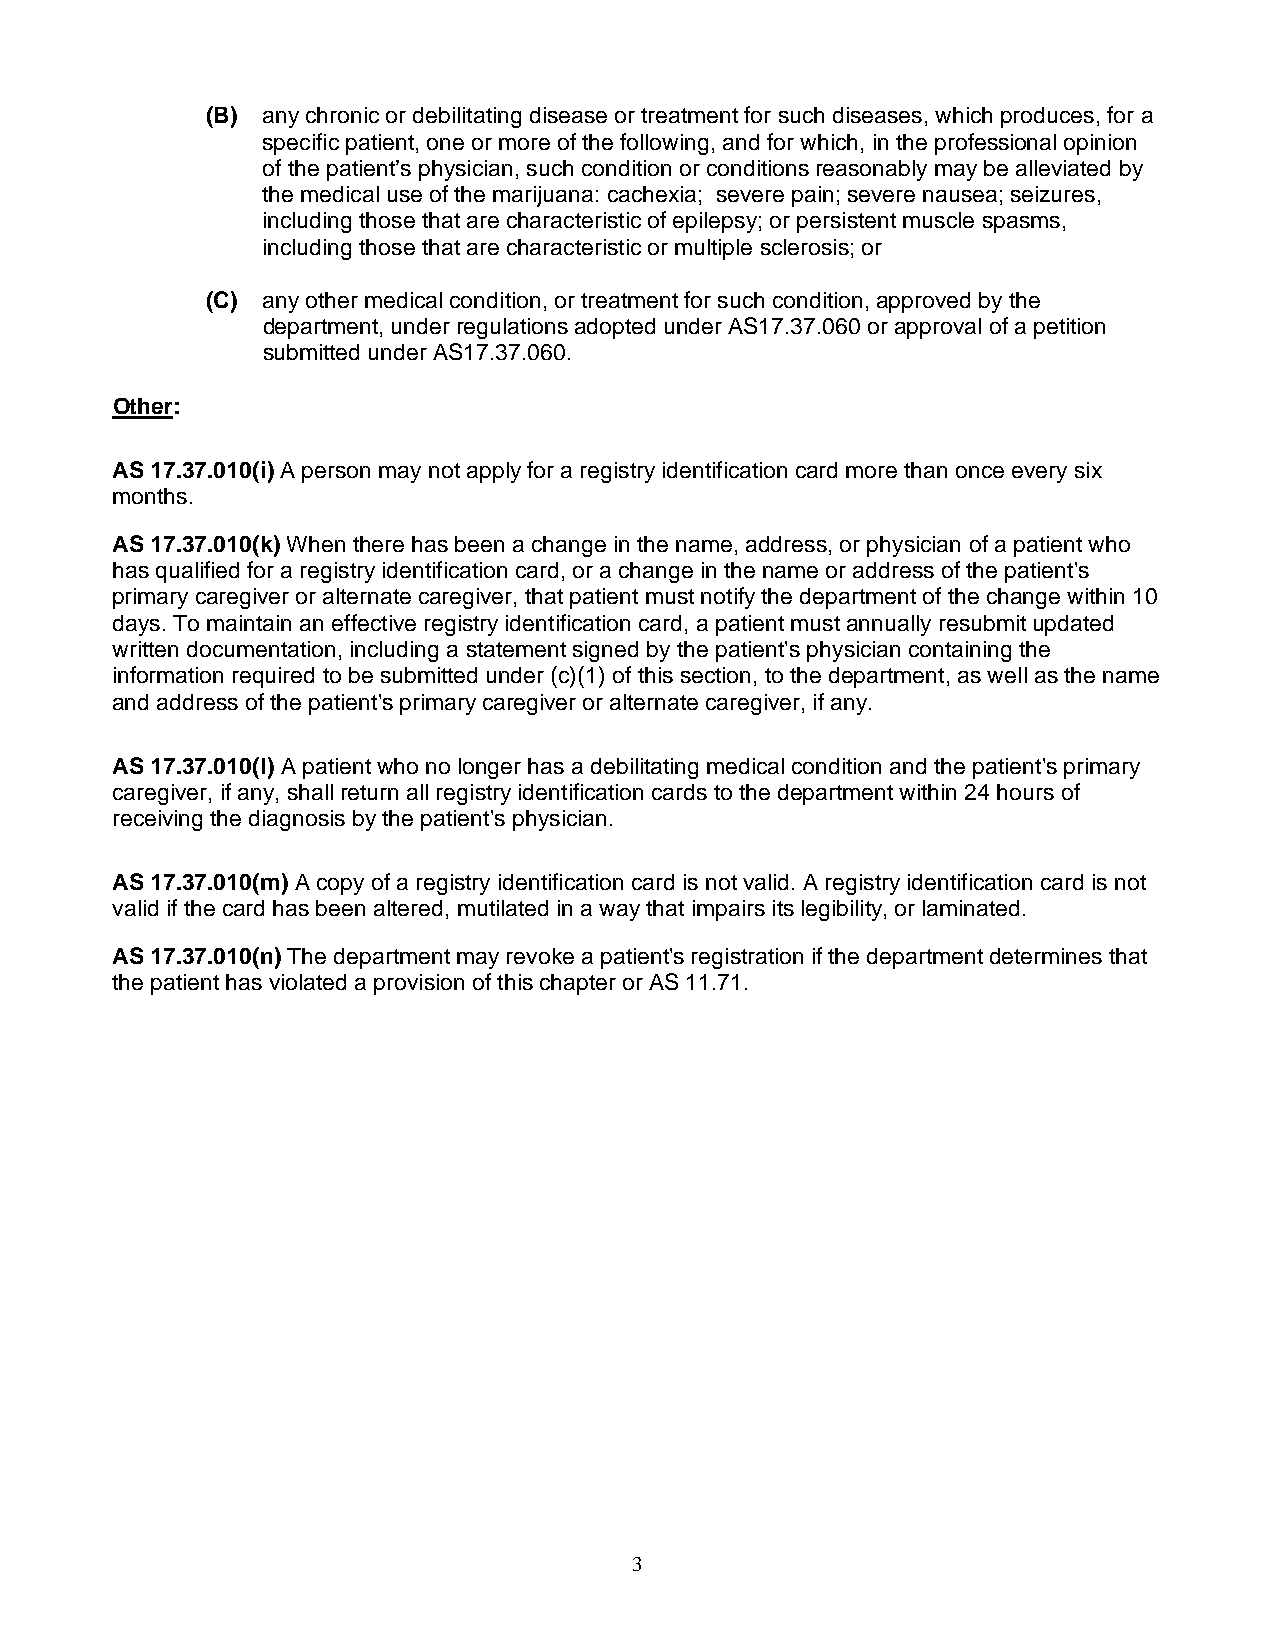
(B) any chronic or debilitating disease or treatment for such diseases, which produces, for a
 specific patient, one or more of the following, and for which, in the professional opinion
 of the patient’s physician, such condition or conditions reasonably may be alleviated by
 the medical use of the marijuana: cachexia; severe pain; severe nausea; seizures,
 including those that are characteristic of epilepsy; or persistent muscle spasms,
 including those that are characteristic or multiple sclerosis; or
 (C) any other medical condition, or treatment for such condition, approved by the
 department, under regulations adopted under AS17.37.060 or approval of a petition
 submitted under AS17.37.060.
 Other:
 AS 17.37.010(i) A person may not apply for a registry identification card more than once every six
 months.
 AS 17.37.010(k) When there has been a change in the name, address, or physician of a patient who
 has qualified for a registry identification card, or a change in the name or address of the patient's
 primary caregiver or alternate caregiver, that patient must notify the department of the change within 10
 days. To maintain an effective registry identification card, a patient must annually resubmit updated
 written documentation, including a statement signed by the patient's physician containing the
 information required to be submitted under (c)(1) of this section, to the department, as well as the name
 and address of the patient's primary caregiver or alternate caregiver, if any.
 AS 17.37.010(l) A patient who no longer has a debilitating medical condition and the patient's primary
 caregiver, if any, shall return all registry identification cards to the department within 24 hours of
 receiving the diagnosis by the patient's physician.
 AS 17.37.010(m) A copy of a registry identification card is not valid. A registry identification card is not
 valid if the card has been altered, mutilated in a way that impairs its legibility, or laminated.
 AS 17.37.010(n) The department may revoke a patient's registration if the department determines that
 the patient has violated a provision of this chapter or AS 11.71.
 3